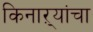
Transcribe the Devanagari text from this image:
किनाऱ्यांचा